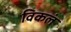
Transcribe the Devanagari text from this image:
विकलं